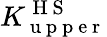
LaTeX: K_{\mathrm{~u~p~p~e~r~}}^{\mathrm{~H~S~}}